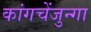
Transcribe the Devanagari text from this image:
कांगचेंजुन्गा